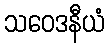
သဝေဒနီယံ